Civil Veterinary Department Bihar reports 1936-40 - 1936-1940
Year: 1936
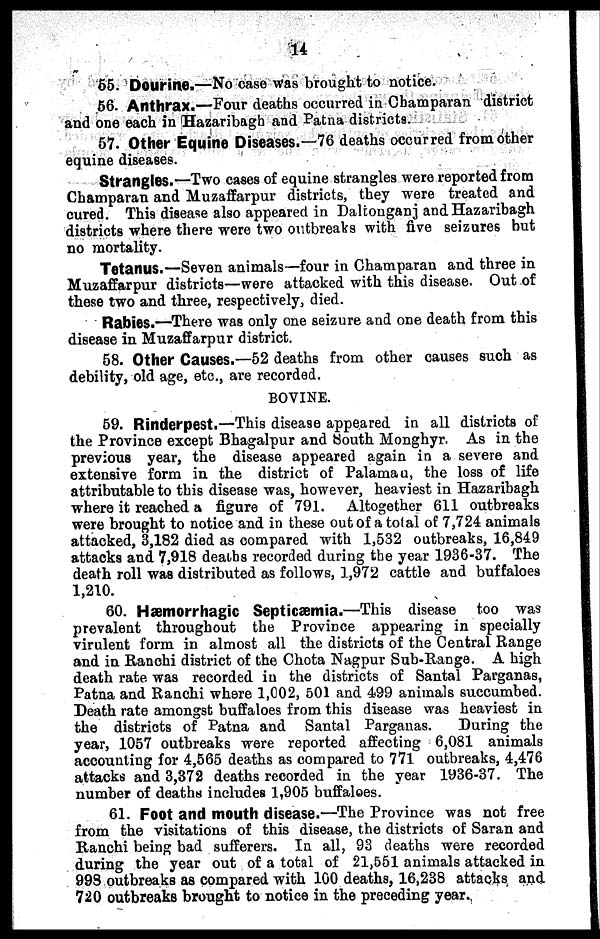
14
55. Dourine.—No case was brought to notice.
56. Anthrax.—Four deaths occurred in Champaran district
and one each in Hazaribagh and Patna districts.
57. Other Equine Diseases.—76 deaths occurred from other
equine diseases.
Strangles.—Two cases of equine strangles were reported from
Champaran and Muzaffarpur districts, they were treated and
cured. This disease also appeared in Daltonganj and Hazaribagh
districts where there were two outbreaks with five seizures but
no mortality.
Tetanus.—Seven animals—four in Champaran and three in
Muzaffarpur districts—were attacked with this disease. Out of
these two and three, respectively, died.
Rabies.—There was only one seizure and one death from this
disease in Muzaffarpur district.
58. Other Causes.—52 deaths from other causes such as
debility, old age, etc., are recorded.
BOVINE.
59. Rinderpest.—This disease appeared in all districts of
the Province except Bhagalpur and South Monghyr. As in the
previous year, the disease appeared again in a severe and
extensive form in the district of Palamau, the loss of life
attributable to this disease was, however, heaviest in Hazaribagh
where it reached a figure of 791. Altogether 611 outbreaks
were brought to notice and in these out of a tolal of 7,724 animals
attacked, 3,182 died as compared with 1,532 outbreaks, 16,849
attacks and 7,918 deaths recorded during the year 1936-37. The
death roll was distributed as follows, 1,972 cattle and buffaloes
1,210.
60. Hæmorrhagic Septicæmia.—This disease too was
prevalent throughout the Province appearing in specially
virulent form in almost all the districts of the Central Range
and in Ranchi district of the Chota Nagpur Sub-Range. A high
death rate was recorded in the districts of Santal Parganas,
Patna and Ranchi where 1,002, 501 and 499 animals succumbed.
Death rate amongst buffaloes from this disease was heaviest in
the districts of Patna and Santal Parganas.
During the
year, 1057 outbreaks were reported affecting 6,081 animals
accounting for 4,565 deaths as compared to 771 outbreaks, 4,476
attacks and 3,372 deaths recorded in the year 1936-37. The
number of deaths includes 1,905 buffaloes.
61. Foot and mouth disease.—The Province was not free
from the visitations of this disease, the districts of Saran and
Ranchi being bad sufferers. In all, 93 deaths were recorded
during the year out of a total of 21,551 animals attacked in
998 outbreaks as compared with 100 deaths, 16,238 attacks and
720 outbreaks brought to notice in the preceding year.